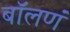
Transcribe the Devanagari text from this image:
बॉलणं